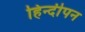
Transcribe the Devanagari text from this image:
हिन्दीपन